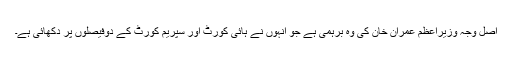
اصل وجہ وزیراعظم عمران خان کی وہ برہمی ہے جو انہوں نے ہائی کورٹ اور سپریم کورٹ کے دوفیصلوں پر دکھائی ہے۔